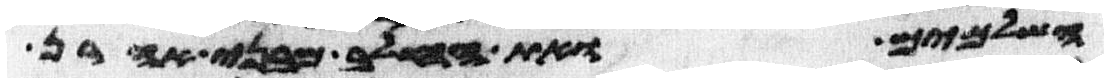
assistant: השלמים ואת החלב מבני אהרן